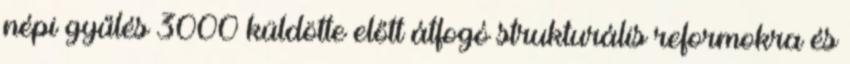
népi gyűlés 3000 küldötte előtt átfogó strukturális reformokra és